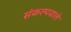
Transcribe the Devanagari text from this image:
संकल्पवाले